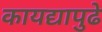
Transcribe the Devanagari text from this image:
कायद्यापुढे